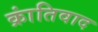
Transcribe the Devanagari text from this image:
क्रांतिवाद